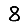
Digit: 8